Bréfritari: Jóhannes Guðmundsson
Viðtakandi: Jón Borgfirðings Jónsson
Dagsetning: A-1867-04-23
Skrifað á: Gunnsteinsstöðum  A-Hún.

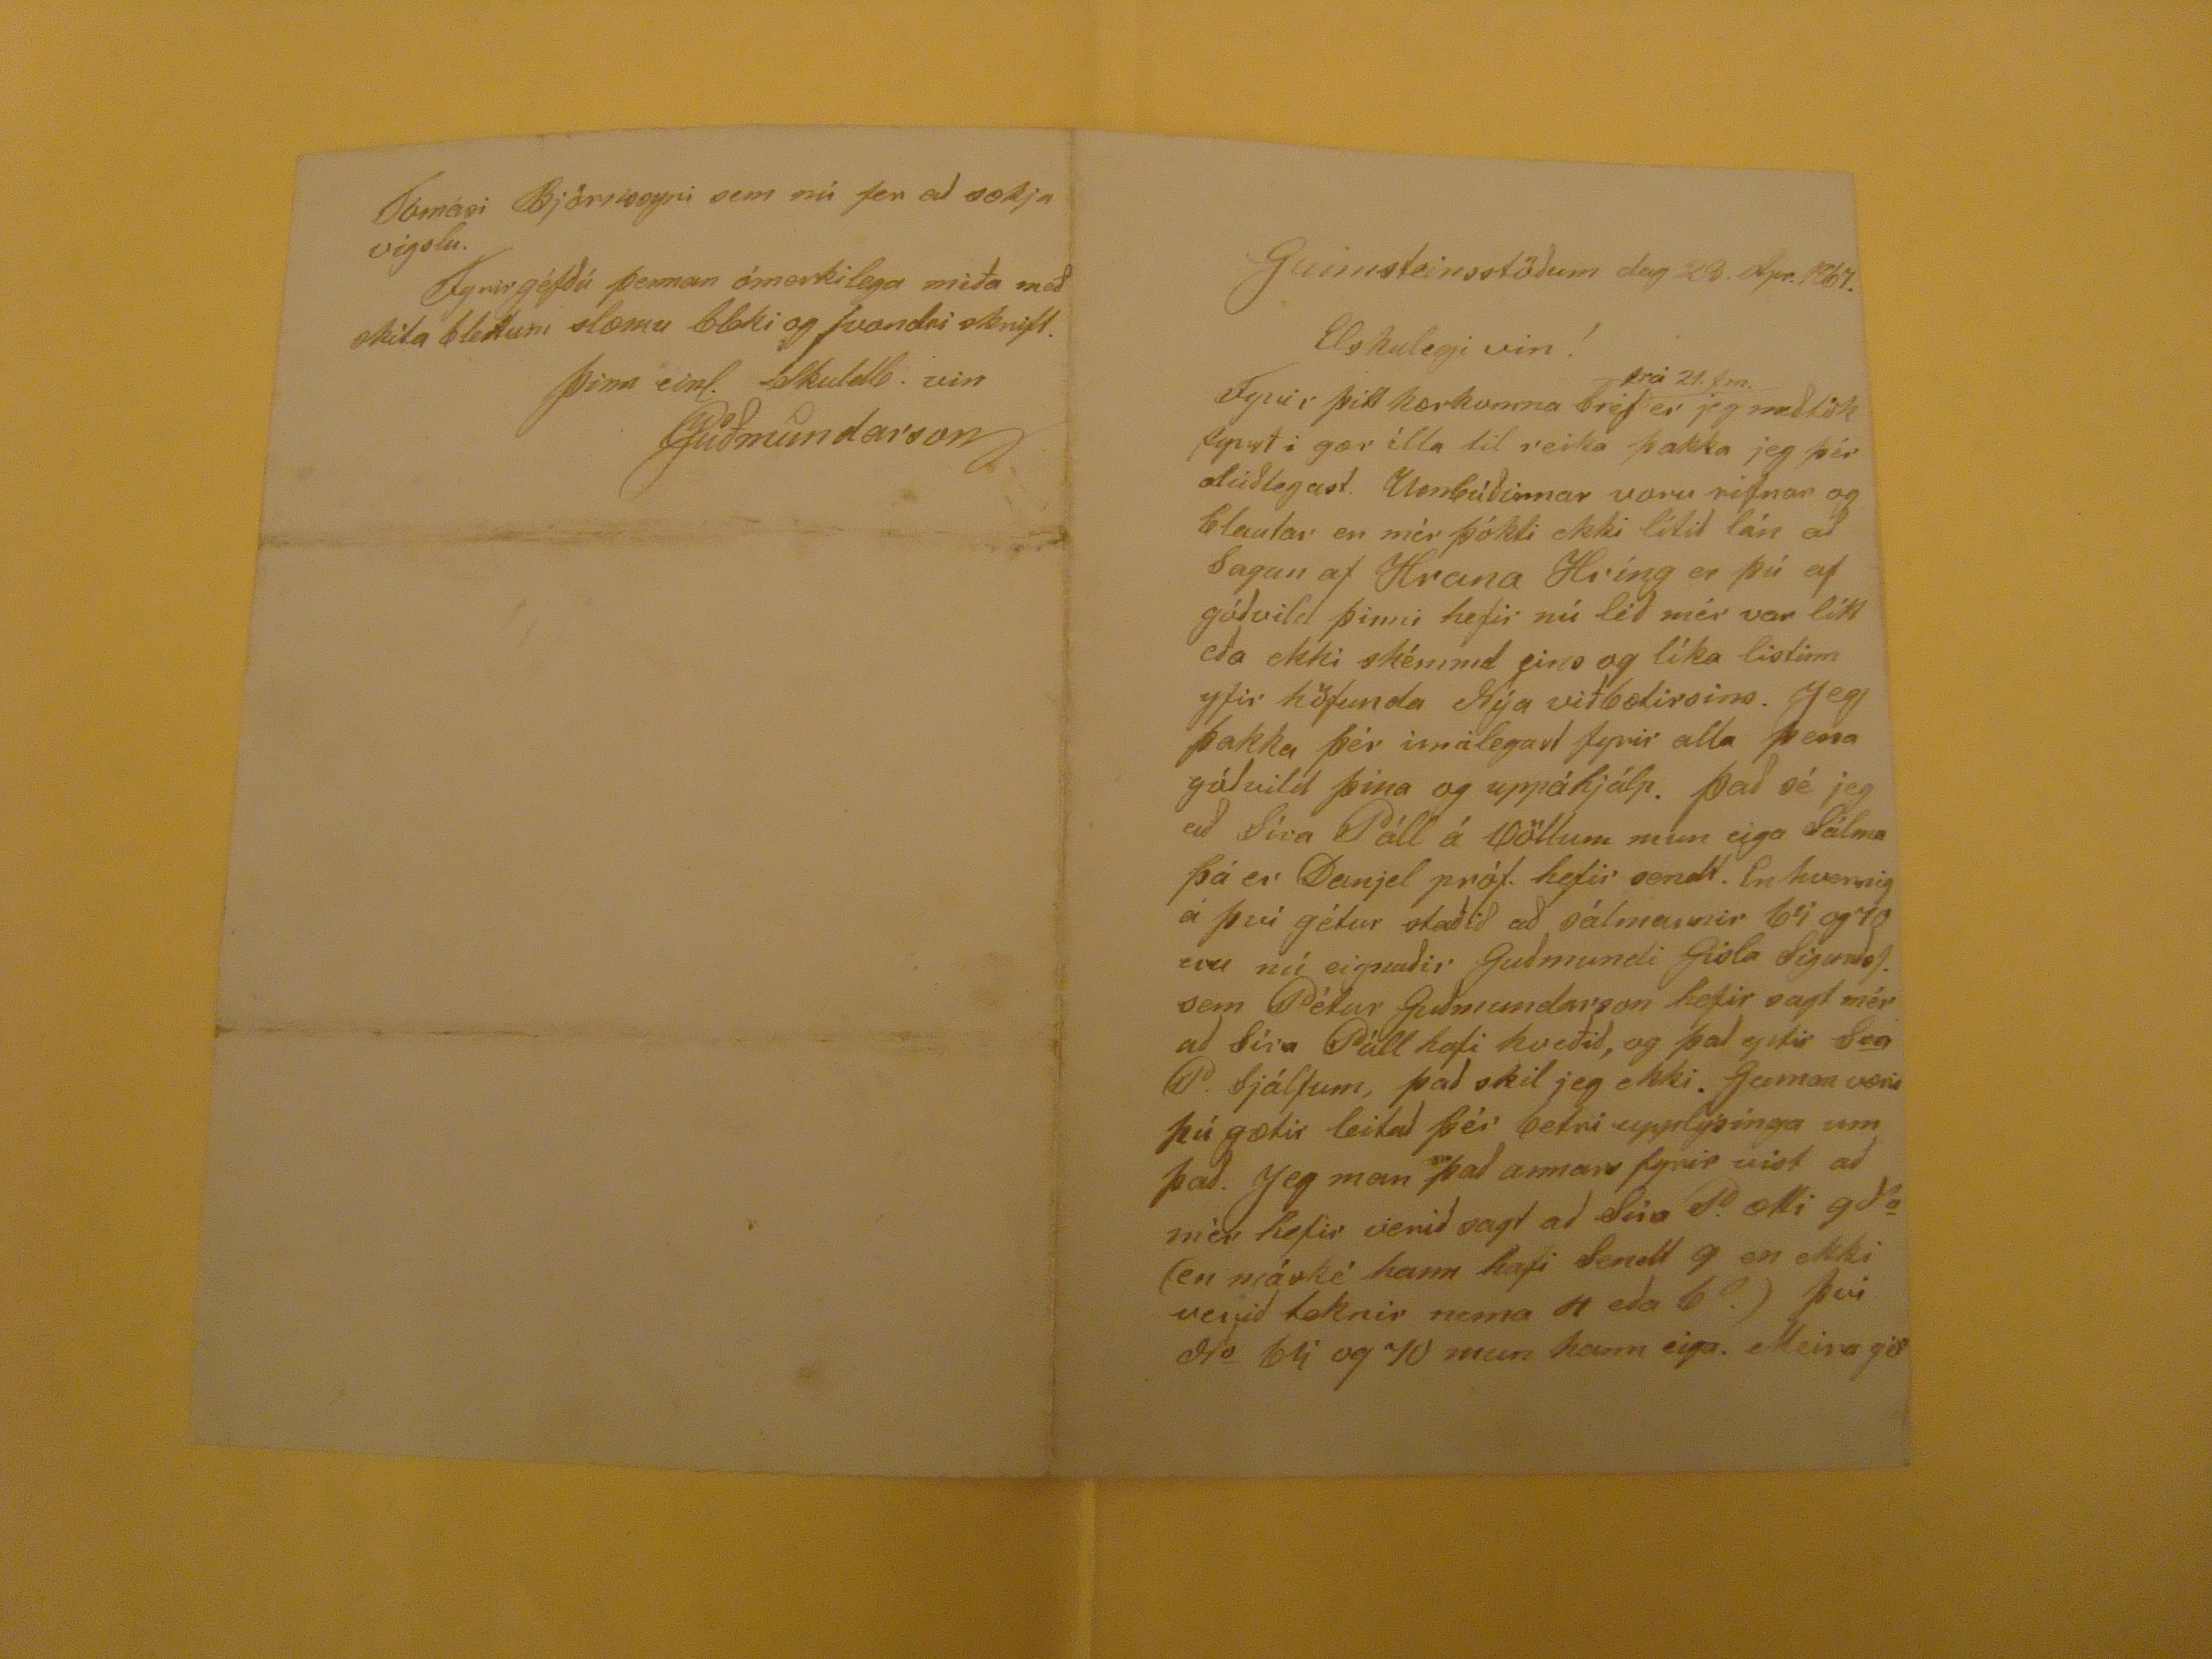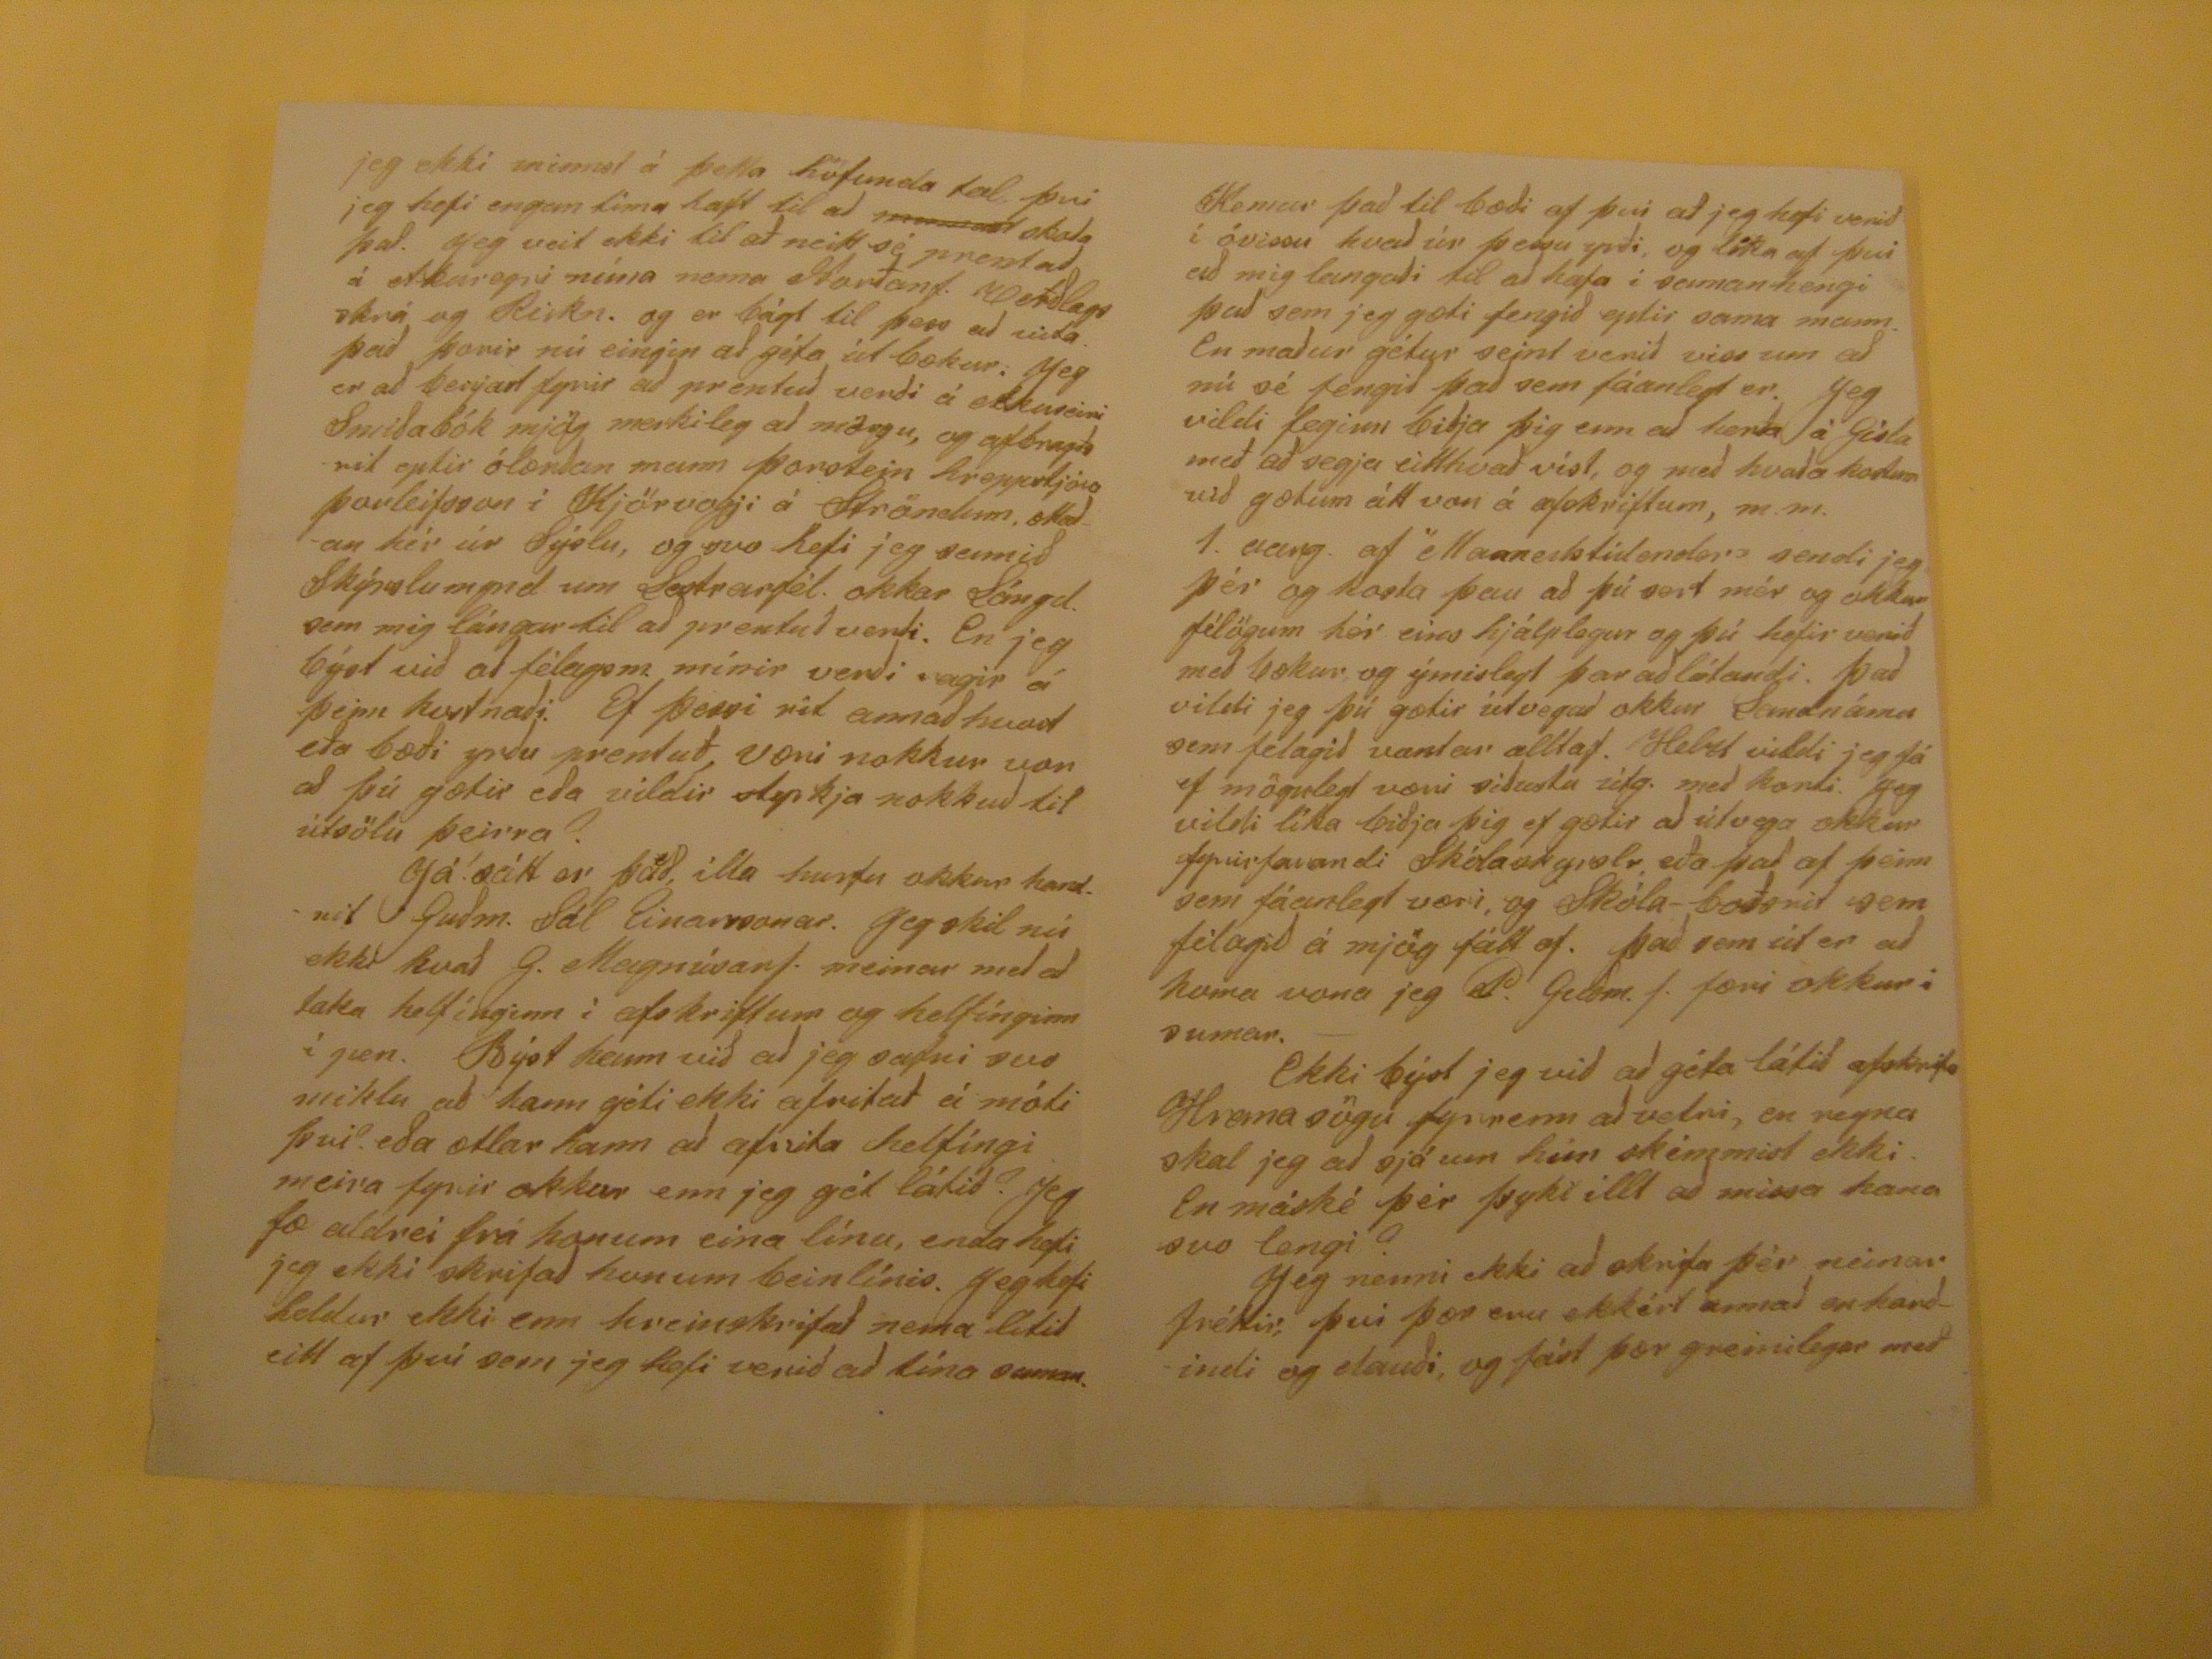

Gunnsteinsstöðum dag 23. Apr. 1867.
Elskulegi vin!
Fyrir þitt kærkomna bréf
frá 21. fm.
er jeg meðtók fyrst í gær ílla til reika þakka jeg þér alúðlegast.
Umbúðirnar
voru rifnar og blautar en mér þókti ekki lítið lán að Sagan af Hrana og Hríng er þú af góðvild þinni hefir nú léð mér var lítt eða ekki skémmd eins og líka listinn yfir höfunda nýa viðbætirins. Jeg þakka þér innilegast fyrir alla þessa góðvild þína og uppáhjálp. Það sé jeg að Síra Páll á Völlum mun eiga Sálma þá er Danjel próf. hefir sendt. En hvernig á því gétur staðið að sálmarnir
69
og 70 eru nú eignaðir Guðmundi Gísla Sigurðss. sem Pétur Guðmundarson hefir sagt mér að Síra Páll hafi kveðið, og það eptir
Son
P. Sjálfum, það skil jeg ekki. Gaman væri þú gætir leitað þér betri upplýsínga um það. Jeg man það annars fyrir víst að mér hefir verið sagt að Síra P. ætti
9
da
(en máksé hann hafi Sendt 9 en ekki verið teknir nema 4 eða 6?) því No 65 og 70 mun hann eiga. Meira gét
jeg ekki minnst á þetta höfunda tal því jeg hefi engan tíma haft til að
minnast
skoða það. Jeg veit ekki til að neitt sé prentað á Akureyri núna nema Norðanf.
verðlagsskrá og Rikn
. og er bágt til þess að vita. það þorir nú eingin að géfa út bækur. Jeg er að berjast fyrir að prentuð verði á Akureiri Smiðabók mjög merkileg að mörgu, og afbragðs rit eptir ólærðan mann þorstein hreppstjóra Þorleifsson í Kjörvogji á Ströndum, ættaðan hér úr Sýslu, og svo hefi jeg samið Skýrslumynd um Lestrarfél. okkar Lángd. sem mig lángar til að prentuð verði. En jeg býst við að félagsm. mínir verði
ragir
á þeim
kurtnæði
. Ef þessi rit annað hvurt eða bæði yrðu prentuð væri nokkur von að þú gætir eða vildir styrkja nokkuð til útsölu þeirra? Já! satt er það, ílla hurfu okkur handrit Guðm. Sál Einarssonar. Jeg skil nú ekki hvað G. Magnúsars. meinar með að taka helfínginn í afskriftum og helfínginn í gæn. Býst hann við að jeg safni svo miklu að hann géti ekki afskrifað á móti því? eða ætlar hann að afrita helfíngi meira fyrir okkur enn jeg gét látið? Jeg fæ aldrei frá honum eina línu, enda hefi jeg ekki skrifað hinum beinlínis. Jeg hefi heldur ekki enn hreinskrifað nema lítið eitt af því sem jeg hefi verið að tíma saman.
Kemur það til bæði af því að jeg hefi verið í óvissu kvað úr þessu yrði, og líka af því að mig langaði til að hafa í samanhengi það sem jeg gæti fengið eptir sama mann. En maður gétur seint verið viss um að nú sé fengið það sem fáanlegt er. Jeg vildi feginn biðja þig um að herða á Gísla með að segja eitthvað víst, og með hvaða kostum við gætum átt von á afskriftum, m.m. 1.
varg. af Manne??tídender
sendi jeg þér og kosta þau að þú sert mér og okkur félögum hér eins hjálplegur og þú hefir verið með bækur og ýmislegt þar að lútandi. Það vildi jeg þú gætir útvegað okkur sandnámu sem felagið vantar alltaf. Helzt vildi jeg fá ef mögulegt væri við
usta
útg. með
konti
. Jeg vildi líka biðja þig ef gætir að útvega okkur fyrirfarandi Skólaskyrslu, eða það af þeim sem fáanlegt væri, og Skóla-boð
snit
sem félagið á mjög fátt af. Það sem út er að koma vona jeg P. Guðm. s. færi okkur í sumar.- Ekki býst jeg við að géta látið afskrifa Hrana sögu fyrrenn að vetri, en reyna skal jeg að sjá um hún skémmist ekki. En máské þér þyki íllt að missa hana svo lengi? Jeg nenni ekki að skrifa þér neinar fréttir, því þær eru ekkért annað en harðindi og dauði, og fást þær greinilegar með
Tómasi Björnssyni sem nú fer að sækja vigslu. Fyrirgéfðú þennan ómerkilega miða með skita blettum slæmu bleki og vondri skrift.
Þinn einl. skuldb. vin
JGuðmundarson